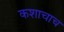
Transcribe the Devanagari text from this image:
कशाचाच